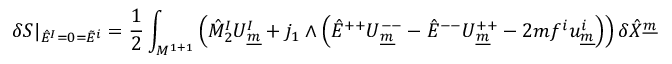
\delta S \vert _ { \hat { E } ^ { I } = 0 = \tilde { E } ^ { i } } = { \frac { 1 } { 2 } } \int _ { { \cal M } ^ { 1 + 1 } } \left( \hat { M } _ { 2 } ^ { I } U _ { \underline { { { m } } } } ^ { I } + j _ { 1 } \wedge \left( \hat { E } ^ { + + } U _ { \underline { { { m } } } } ^ { -- } - \hat { E } ^ { -- } U _ { \underline { { { m } } } } ^ { + + } - 2 m f ^ { i } u _ { \underline { { { m } } } } ^ { i } \right) \right) \delta \hat { X } ^ { \underline { { { m } } } }